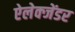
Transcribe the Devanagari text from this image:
ऐलेक्जेंडर